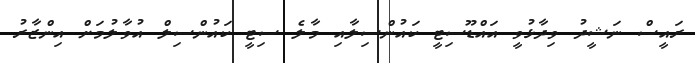
ރައީސް ނަޝީދު ވިދާޅުވީ އައްޑޫސިޓީ ކައުންސިލާއި މާލެ ސިޓީ ކައުންސިލް އުވާލުމަށް އިންޒާރު